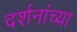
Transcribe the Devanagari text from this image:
दर्शनांच्या